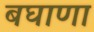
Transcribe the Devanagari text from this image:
बघाणा